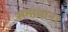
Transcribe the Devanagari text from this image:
समाधान।